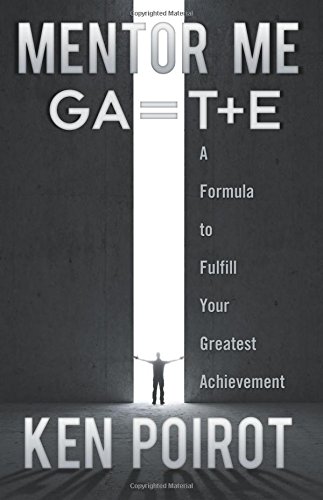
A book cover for Mentor Me: GA=T+E- A Formula to Fulfill Your Greatest Achievement; Ken Poirot; Self-Help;